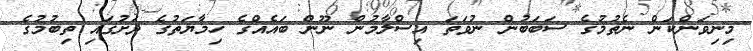
މިނިވަންކަން ނެތުމުގެ ސަބަބުން ނުވަތަ އިސްލާމުން ނޫން ބައެއްގެ ހިމާޔަތުގެ ދަށުގައި ތިބުމުގެ